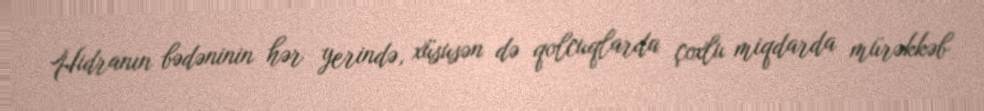
Hidranın bədəninin hər yerində, xüsusən də qolcuqlarda çoxlu miqdarda mürəkkəb